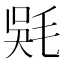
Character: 𣮇